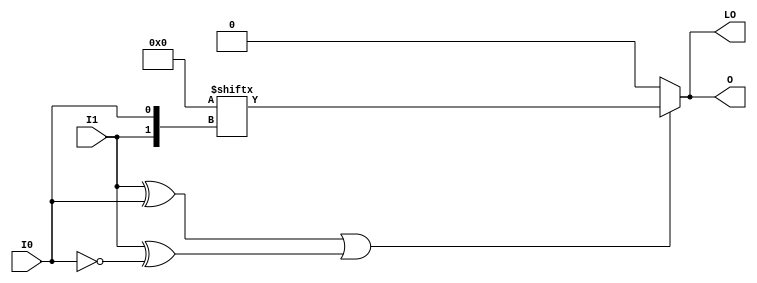
// $Header: /devl/xcs/repo/env/Databases/CAEInterfaces/verunilibs/data/unisims/LUT2_D.v,v 1.7 2007/05/23 21:43:39 patrickp Exp $
///////////////////////////////////////////////////////////////////////////////
// Copyright (c) 1995/2004 Xilinx, Inc.
// All Right Reserved.
///////////////////////////////////////////////////////////////////////////////
//   ____  ____
//  /   /\/   /
// /___/  \  /    Vendor : Xilinx
// \   \   \/     Version : 10.1
//  \   \         Description : Xilinx Functional Simulation Library Component
//  /   /                  2-input Look-Up-Table with Dual Output
// /___/   /\     Filename : LUT2_D.v
// \   \  /  \    Timestamp : Thu Mar 25 16:42:53 PST 2004
//  \___\/\___\
//
// Revision:
//    03/23/04 - Initial version.
//    02/04/05 - Rev 0.0.1 Replace premitive with function; Remove buf.
//    05/23/07 - Changed timescale to 1 ps / 1 ps.

`timescale  1 ps / 1 ps


module LUT2_D (LO, O, I0, I1);

    parameter INIT = 4'h0;

    input I0, I1;

    output LO, O;

    reg  O;
    wire LO;
    wire [1:0] s;

    assign s = {I1, I0};
    assign LO = O;

    always @(s)
       if ((s[1]^s[0] ==1) || (s[1]^s[0] ==0))
           O = INIT[s];
         else if ((INIT[0] == INIT[1]) && (INIT[2] == INIT[3]) && (INIT[0] == INIT[2])) 
           O = INIT[0];
         else if ((s[1] == 0) && (INIT[0] == INIT[1]))
           O = INIT[0];
         else if ((s[1] == 1) && (INIT[2] == INIT[3])) 
           O = INIT[2];
         else if ((s[0] == 0) && (INIT[0] == INIT[2])) 
           O = INIT[0];
         else if ((s[0] == 1) && (INIT[1] == INIT[3]))
           O = INIT[1];
         else
           O = 1'bx;
endmodule